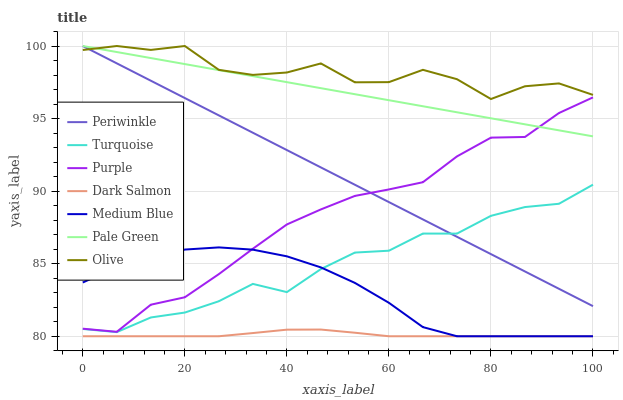
| xaxis_label | Periwinkle | Turquoise | Purple | Dark Salmon | Medium Blue | Pale Green | Olive |
 | --- | --- | --- | --- | --- | --- | --- | --- |
 | 0 | 100 | 80.5 | 80.5 | 80 | 83.7 | 100 | 99.7 |
 | 6.67 | 98.8 | 80.3 | 80.3 | 80 | 84.8 | 99.6 | 100 |
 | 13.3 | 97.6 | 81.3 | 82.2 | 80 | 85.5 | 99.2 | 99.7 |
 | 20 | 96.4 | 81.6 | 82.7 | 80 | 86 | 98.8 | 100 |
 | 26.7 | 95.2 | 82.4 | 84.3 | 80 | 86.1 | 98.3 | 98.4 |
 | 33.3 | 94 | 83.6 | 86 | 80.2 | 86 | 97.9 | 98 |
 | 40 | 92.8 | 83 | 87.7 | 80.5 | 85.5 | 97.5 | 98.2 |
 | 46.7 | 91.6 | 84.6 | 88.7 | 80.5 | 84.7 | 97.1 | 98.8 |
 | 53.3 | 90.4 | 85.8 | 89.7 | 80.2 | 83.7 | 96.7 | 97.5 |
 | 60 | 89.2 | 85.9 | 90.1 | 80 | 82.3 | 96.3 | 97.5 |
 | 66.7 | 88 | 87.1 | 90.6 | 80 | 80.6 | 95.8 | 98.4 |
 | 73.3 | 86.9 | 87.1 | 92.4 | 80 | 80 | 95.4 | 97.7 |
 | 80 | 85.7 | 88.3 | 93.7 | 80 | 80 | 95 | 96.3 |
 | 86.7 | 84.5 | 88.9 | 93.7 | 80 | 80 | 94.6 | 97.2 |
 | 93.3 | 83.3 | 89.1 | 95.4 | 80 | 80 | 94.2 | 97.4 |
 | 100 | 82.1 | 90.4 | 96.5 | 80 | 80 | 93.8 | 96.6 |